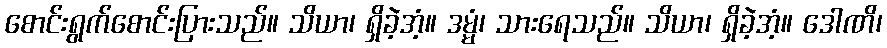
စောင်းရွက်စောင်းပြားသည်။ သိယာ၊ ရှိခဲ့အံ့။ ဒမ္မံ၊ သားရေသည်။ သိယာ၊ ရှိခဲ့အံ့။ ဒေါဏိ၊